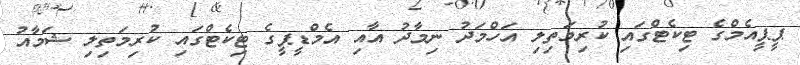
ޕީޕީއެމްގެ ޓިކެޓްގައި ކުރިމަތިލި އަހްމަދު ނިމާދު އާއި އެމްޑީޕީގެ ޓިކެޓްގައި ކުރިމަތިލި ޝަމާއު